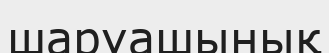
шаруашынық